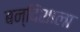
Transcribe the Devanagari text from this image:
बन्दिशाला